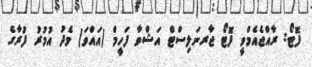
ފޮޓޯ: ރާއްޖެއެމްވީ ފޮޓޯ ޖާރނަލިސްޓް އަޝްވާ ފަހީމް (އައްވަ) މެދު އުމުރު ފުރާގެ